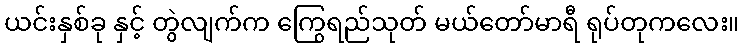
ယင်းနှစ်ခု နှင့် တွဲလျက်က ကြွေရည်သုတ် မယ်တော်မာရီ ရုပ်တုကလေး။